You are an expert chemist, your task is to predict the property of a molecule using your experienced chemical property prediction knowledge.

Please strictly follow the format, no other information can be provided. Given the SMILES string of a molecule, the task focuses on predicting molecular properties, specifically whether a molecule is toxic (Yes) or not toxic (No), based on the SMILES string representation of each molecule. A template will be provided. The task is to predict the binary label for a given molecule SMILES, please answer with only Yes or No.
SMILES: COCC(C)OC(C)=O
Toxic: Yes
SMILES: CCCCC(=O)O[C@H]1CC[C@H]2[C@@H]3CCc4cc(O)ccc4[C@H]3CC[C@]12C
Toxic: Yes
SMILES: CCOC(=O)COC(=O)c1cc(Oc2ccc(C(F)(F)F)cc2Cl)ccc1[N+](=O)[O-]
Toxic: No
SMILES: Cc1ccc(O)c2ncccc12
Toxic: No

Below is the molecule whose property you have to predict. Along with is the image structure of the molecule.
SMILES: COCC(C)O
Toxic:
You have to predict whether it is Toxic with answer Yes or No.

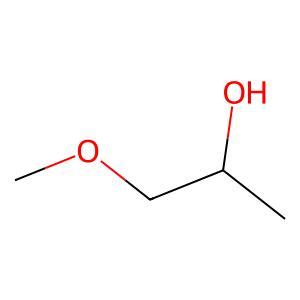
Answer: No